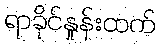
ရာခိုင်နှုန်းထက်